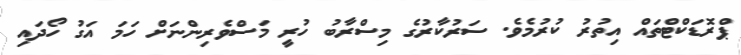
ޕްރޮޑަކްޓްތައް އިތުރު ކުރުމެވެ. ސަރުކާރުގެ މިސްރާބު ހުރީ މަސްވެރިންނަށް ހަމަ އަގު ހޯދައި